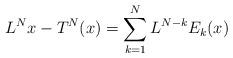
LaTeX: \begin{align*} L^N x - T^N(x) = \sum_{k=1}^{N}L^{N-k}E_k(x)\end{align*}